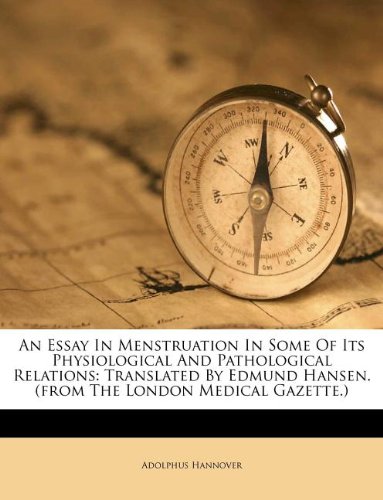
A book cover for An Essay In Menstruation In Some Of Its Physiological And Pathological Relations: Translated By Edmund Hansen. (from The London Medical Gazette.); Adolphus Hannover; Health, Fitness & Dieting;